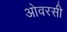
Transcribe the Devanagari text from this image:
ओवरसी